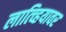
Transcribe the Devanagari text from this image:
लात्व्हियावर